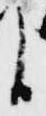
臣